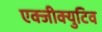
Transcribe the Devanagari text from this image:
एक्जीक्युटिव